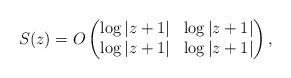
LaTeX: \begin{align*} S(z) = O\left(\begin{matrix}\log \vert z+1\vert & \log \vert z+1\vert \\\log \vert z+1\vert & \log\vert z+1\vert\end{matrix}\right), \end{align*}